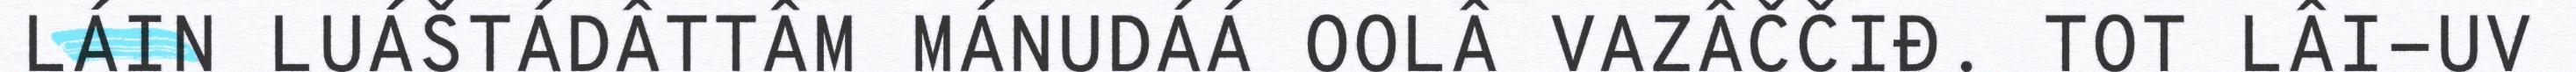
LÁIN LUÁŠTÁDÂTTÂM MÁNUDÁÁ OOLÂ VAZÂČČIĐ. TOT LÂI-UV